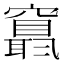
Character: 𥨬